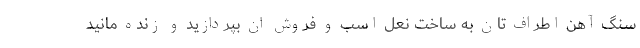
سنگ آهن اطراف تان به ساخت نعل اسب و فروش ان بپردازید و زنده مانید